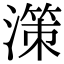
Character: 𣽤